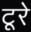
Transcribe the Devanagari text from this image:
टूरे